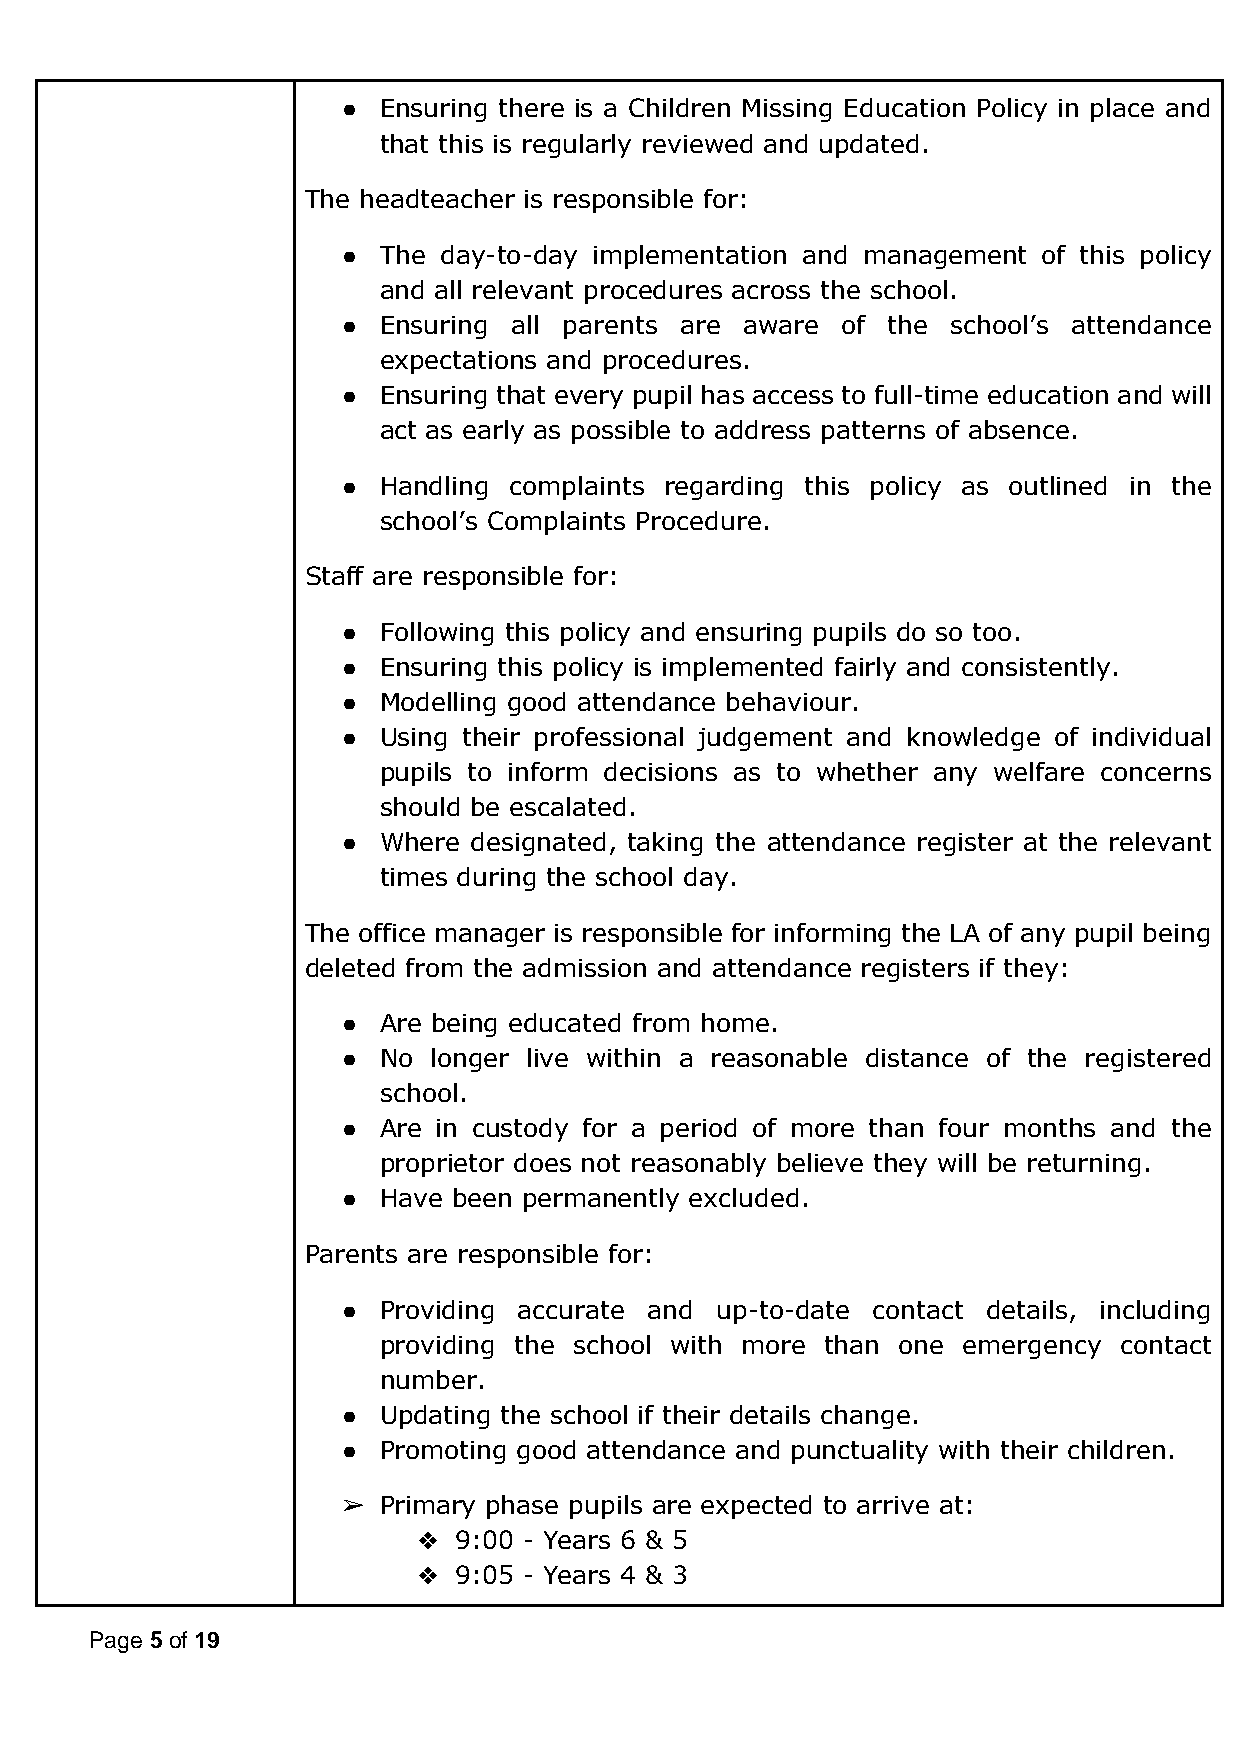
● Ensuring there is a Children Missing Education Policy in place and
 that this is regularly reviewed and updated.
 The headteacher is responsible for:
 ● The day-to-day implementation and management of this policy
 and all relevant procedures across the school.
 ● Ensuring all parents are aware of the school’s attendance
 expectations and procedures.
 ● Ensuring that every pupil has access to full-time education and will
 act as early as possible to address patterns of absence.
 ● Handling complaints regarding this policy as outlined in the
 school’s Complaints Procedure.
 Staff are responsible for:
 ● Following this policy and ensuring pupils do so too.
 ● Ensuring this policy is implemented fairly and consistently.
 ● Modelling good attendance behaviour.
 ● Using their professional judgement and knowledge of individual
 pupils to inform decisions as to whether any welfare concerns
 should be escalated.
 ● Where designated, taking the attendance register at the relevant
 times during the school day.
 The office manager is responsible for informing the LA of any pupil being
 deleted from the admission and attendance registers if they:
 ● Are being educated from home.
 ● No  longer live within a reasonable distance of the registered
 school.
 ● Are in custody for a period of more than four months and the
 proprietor does not reasonably believe they will be returning.
 ● Have been permanently excluded.
 Parents are responsible for:
 ● Providing accurate and up-to-date contact details, including
 providing the school with more than one emergency contact
 number.
 ● Updating the school if their details change.
 ● Promoting good attendance and punctuality with their children.
 ➢ Primary phase pupils are expected to arrive at:
 ❖ 9:00 - Years 6 & 5
 ❖ 9:05 - Years 4 & 3
 Page 5 of 19